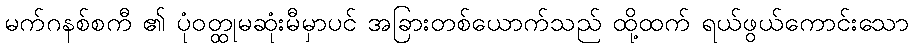
မက်ဂနစ်စကီ ၏ ပုံဝတ္ထုမဆုံးမီမှာပင် အခြားတစ်ယောက်သည် ထို့ထက် ရယ်ဖွယ်ကောင်းသော